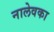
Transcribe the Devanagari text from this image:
नालेवका